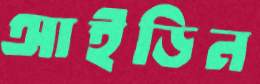
আইডিন